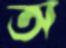
অ